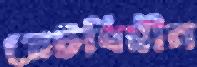
প্লেটবিহীন